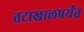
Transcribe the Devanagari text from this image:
तटाखालपर्यंत